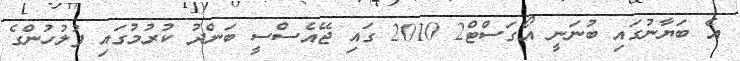
އެ ބަޔާނުގައި ބުނަނީ އޯގަސްޓް2 2010 ގައި ޖޭއެސްސީ ބަންދު ކުރުމުގައި ފުލުހުންގެ